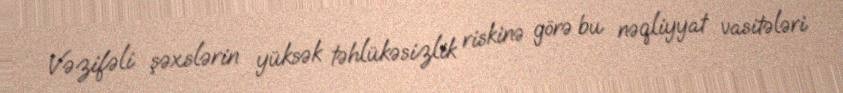
Vəzifəli şəxslərin yüksək təhlükəsizlik riskinə görə bu nəqliyyat vasitələri